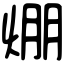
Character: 焩